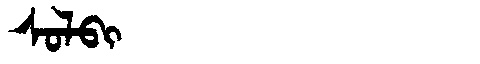
Manchu: ᠰᠣᠯᠪᡳ
Romanization: SOLBI